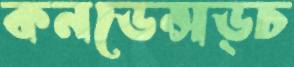
কনডেন্সড্চ